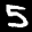
Label: 5